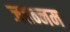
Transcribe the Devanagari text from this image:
जहन्नम